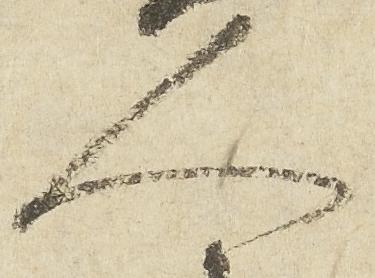
人